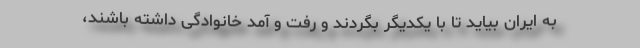
به ایران بیاید تا با یکدیگر بگردند و رفت ‌و آمد خانوادگی داشته باشند،